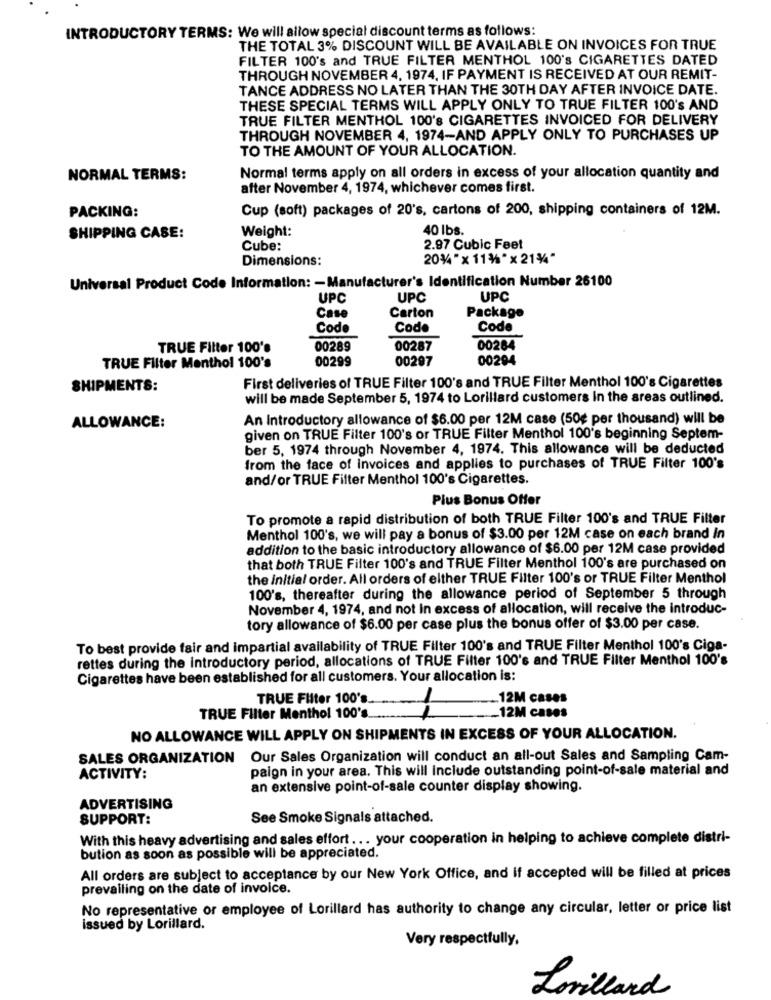
INTRODUCTORY TERMS: We will allow special discount terms as follows:
THE TOTAL 3% DISCOUNT WILL BE AVAILABLE ON INVOICES FOR TRUE
FILTER 100's and TRUE FILTER MENTHOL 100's CIGARETTES DATED
THROUGH NOVEMBER 4, 1974, IF PAYMENT IS RECEIVED AT OUR REMIT-
TANCE ADDRESS NO LATER THAN THE 30TH DAY AFTER INVOICE DATE.
THESE SPECIAL TERMS WILL APPLY ONLY TO TRUE FILTER 100's AND
TRUE FILTER MENTHOL 100's CIGARETTES INVOICED FOR DELIVERY
THROUGH NOVEMBER 4, 1974-AND APPLY ONLY TO PURCHASES UP
TO THE AMOUNT OF YOUR ALLOCATION.
NORMAL TERMS:
Normal terms apply on all orders in excess of your allocation quantity and
after November 4, 1974, whichever comes first.
Cup (soft) packages of 20's, cartons of 200, shipping containers of 12M.
PACKING:
Weight:
40 lbs.
SHIPPING CASE:
Cube:
2.97 Cubic Feet
Dimensions:
20% "x 11% "x 21%"
Universal Product Code Information: - Manufacturer's Identification Number 26100
UPC
UPC
UPC
Case
Carton
Package
Code
Code
Code
TRUE Filter 100's
00289
00287
00284
00299
00297
00294
TRUE Filter Menthol 100's
SHIPMENTS:
First deliveries of TRUE Filter 100's and TRUE Filter Menthol 100's Cigarettes
will be made September 5, 1974 to Lorillard customers in the areas outlined.
An Introductory allowance of $6.00 per 12M case (50€ per thousand) will be
ALLOWANCE:
given on TRUE Filter 100's or TRUE Filter Menthol 100's beginning Septem-
ber 5, 1974 through November 4, 1974. This allowance will be deducted
from the face of invoices and applies to purchases of TRUE Filter 100's
and/or TRUE Filter Menthol 100's Cigarettes.
Plus Bonus Offer
To promote a rapid distribution of both TRUE Filter 100's and TRUE Filter
Menthol 100's, we will pay a bonus of $3.00 per 12M case on each brand In
addition to the basic introductory allowance of $6.00 per 12M case provided
that both TRUE Filter 100's and TRUE Filter Menthol 100's are purchased on
the initial order. All orders of either TRUE Filter 100's or TRUE Filter Menthol
100's, thereafter during the allowance period of September 5 through
November 4, 1974, and not In excess of allocation, will receive the introduc-
tory allowance of $6.00 per case plus the bonus offer of $3.00 per case.
To best provide fair and impartial availability of TRUE Filter 100's and TRUE Filter Menthol 100's Ciga-
rettes during the introductory period, allocations of TRUE Filter 100's and TRUE Filter Menthol 100's
Cigarettes have been established for all customers. Your allocation is:
TRUE Filter 100's.
12M cases
TRUE Filter Menthol 100's
12M cases
NO ALLOWANCE WILL APPLY ON SHIPMENTS IN EXCESS OF YOUR ALLOCATION.
SALES ORGANIZATION Our Sales Organization will conduct an all-out Sales and Sampling Cam-
paign in your area. This will Include outstanding point-of-sale material and
ACTIVITY:
an extensive point-of-sale counter display showing.
ADVERTISING
SUPPORT:
See Smoke Signals attached.
With this heavy advertising and sales effort ... your cooperation in helping to achieve complete distri-
bution as soon as possible will be appreciated.
All orders are subject to acceptance by our New York Office, and if accepted will be filled at prices
prevailing on the date of invoice.
No representative or employee of Lorillard has authority to change any circular, letter or price list
issued by Lorillard.
Very respectfully,
Lorillard